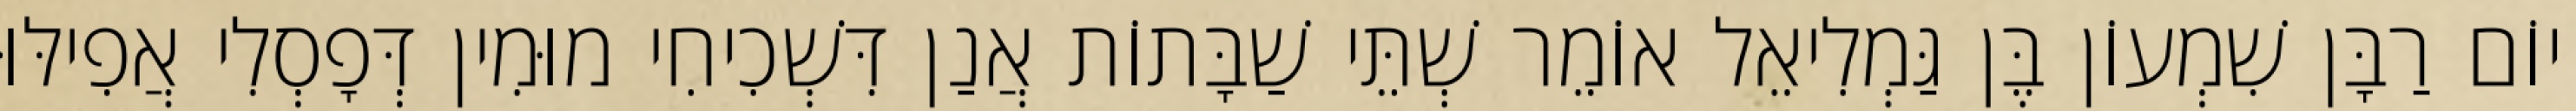
יוֹם רַבָּן שִׁמְעוֹן בֶּן גַּמְלִיאֵל אוֹמֵר שְׁתֵּי שַׁבָּתוֹת אֲנַן דִּשְׁכִיחִי מוּמִין דְּפָסְלִי אֲפִילּוּ